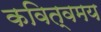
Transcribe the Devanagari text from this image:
कवित्वमय